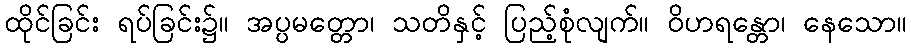
ထိုင်ခြင်း ရပ်ခြင်း၌။ အပ္ပမတ္တော၊ သတိနှင့် ပြည့်စုံလျက်။ ဝိဟရန္တော၊ နေသော။